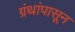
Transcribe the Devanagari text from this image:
ग्रंथांपासून